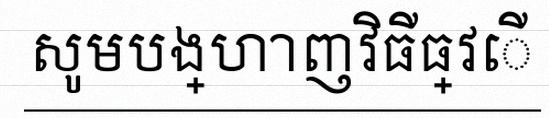
សូមបង្ហាញវិធីធ្វើ